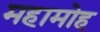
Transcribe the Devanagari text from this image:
महामोह